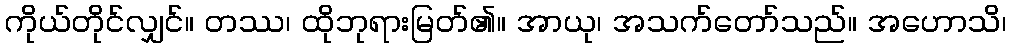
ကိုယ်တိုင်လျှင်။ တဿ၊ ထိုဘုရားမြတ်၏။ အာယု၊ အသက်တော်သည်။ အဟောသိ၊